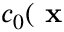
c _ { 0 } ( \textbf { x }